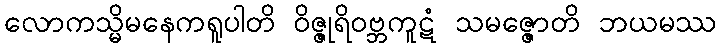
လောကသ္မိမနေကရူပါတိ ဝိဇ္ဇုရိဝဗ္ဘကူဋံ သမဇ္ဇောတိ ဘယမဿ